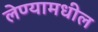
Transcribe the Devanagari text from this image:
लेण्यामधील